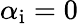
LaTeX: \alpha_{\mathrm{{i}}}=0